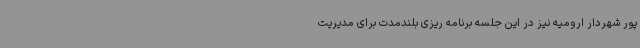
پور شهردار ارومیه نیز در این جلسه برنامه ریزی بلندمدت برای مدیریت